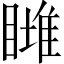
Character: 𥊖